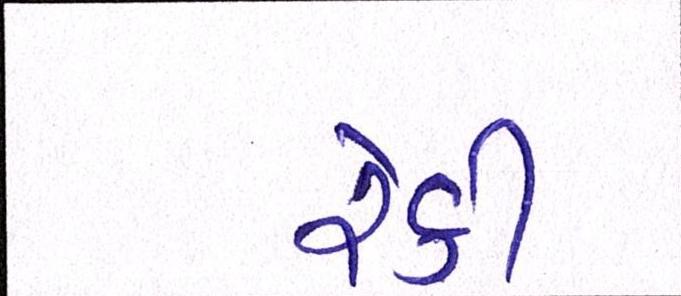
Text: રેકી